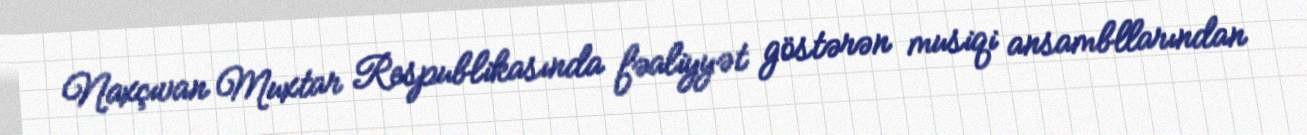
Naxçıvan Muxtar Respublikasında fəaliyyət göstərən musiqi ansambllarından